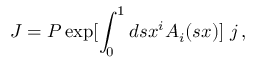
J = P \exp [ \int _ { 0 } ^ { 1 } d s x ^ { i } A _ { i } ( s x ) ] \, \, j \, ,